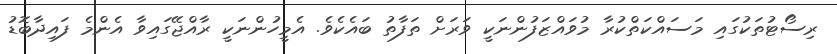
ރިސޯޓުތަކުގައި މަސައްކަތްކުރާ މުވައްޒަފުންނަކީ ވަރަށް ތަފާތު ބައެކެވެ. އެމީހުންނަކީ ރާއްޖޭގައިވާ އެންމެ ފައިދާބޮޑު